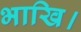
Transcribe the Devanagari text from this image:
भाखि।